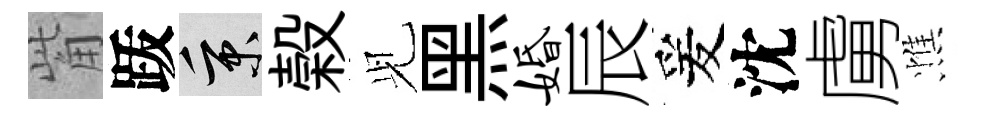
觜䟦秉榖𫤗黑婚辰爰沈虜憔